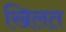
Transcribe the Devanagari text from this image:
खिलत